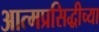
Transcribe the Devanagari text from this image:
आत्मप्रसिद्धीच्या